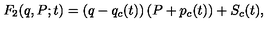
F _ { 2 } ( q , P ; t ) = \left( q - q _ { c } ( t ) \right) \left( P + p _ { c } ( t ) \right) + S _ { c } ( t ) ,